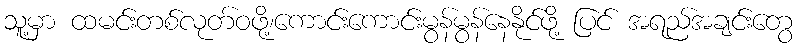
သူ့မှာ ထမင်းတစ်လုတ်ဝဖို့၊ကောင်းကောင်းမွန်မွန်နေနိုင်ဖို့ ပြင် အရည်အချင်းတွေ